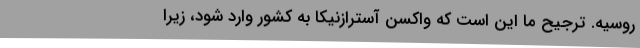
روسیه. ترجیح ما این است که واکسن آسترازنیکا به کشور وارد شود، زیرا